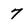
Character: 7